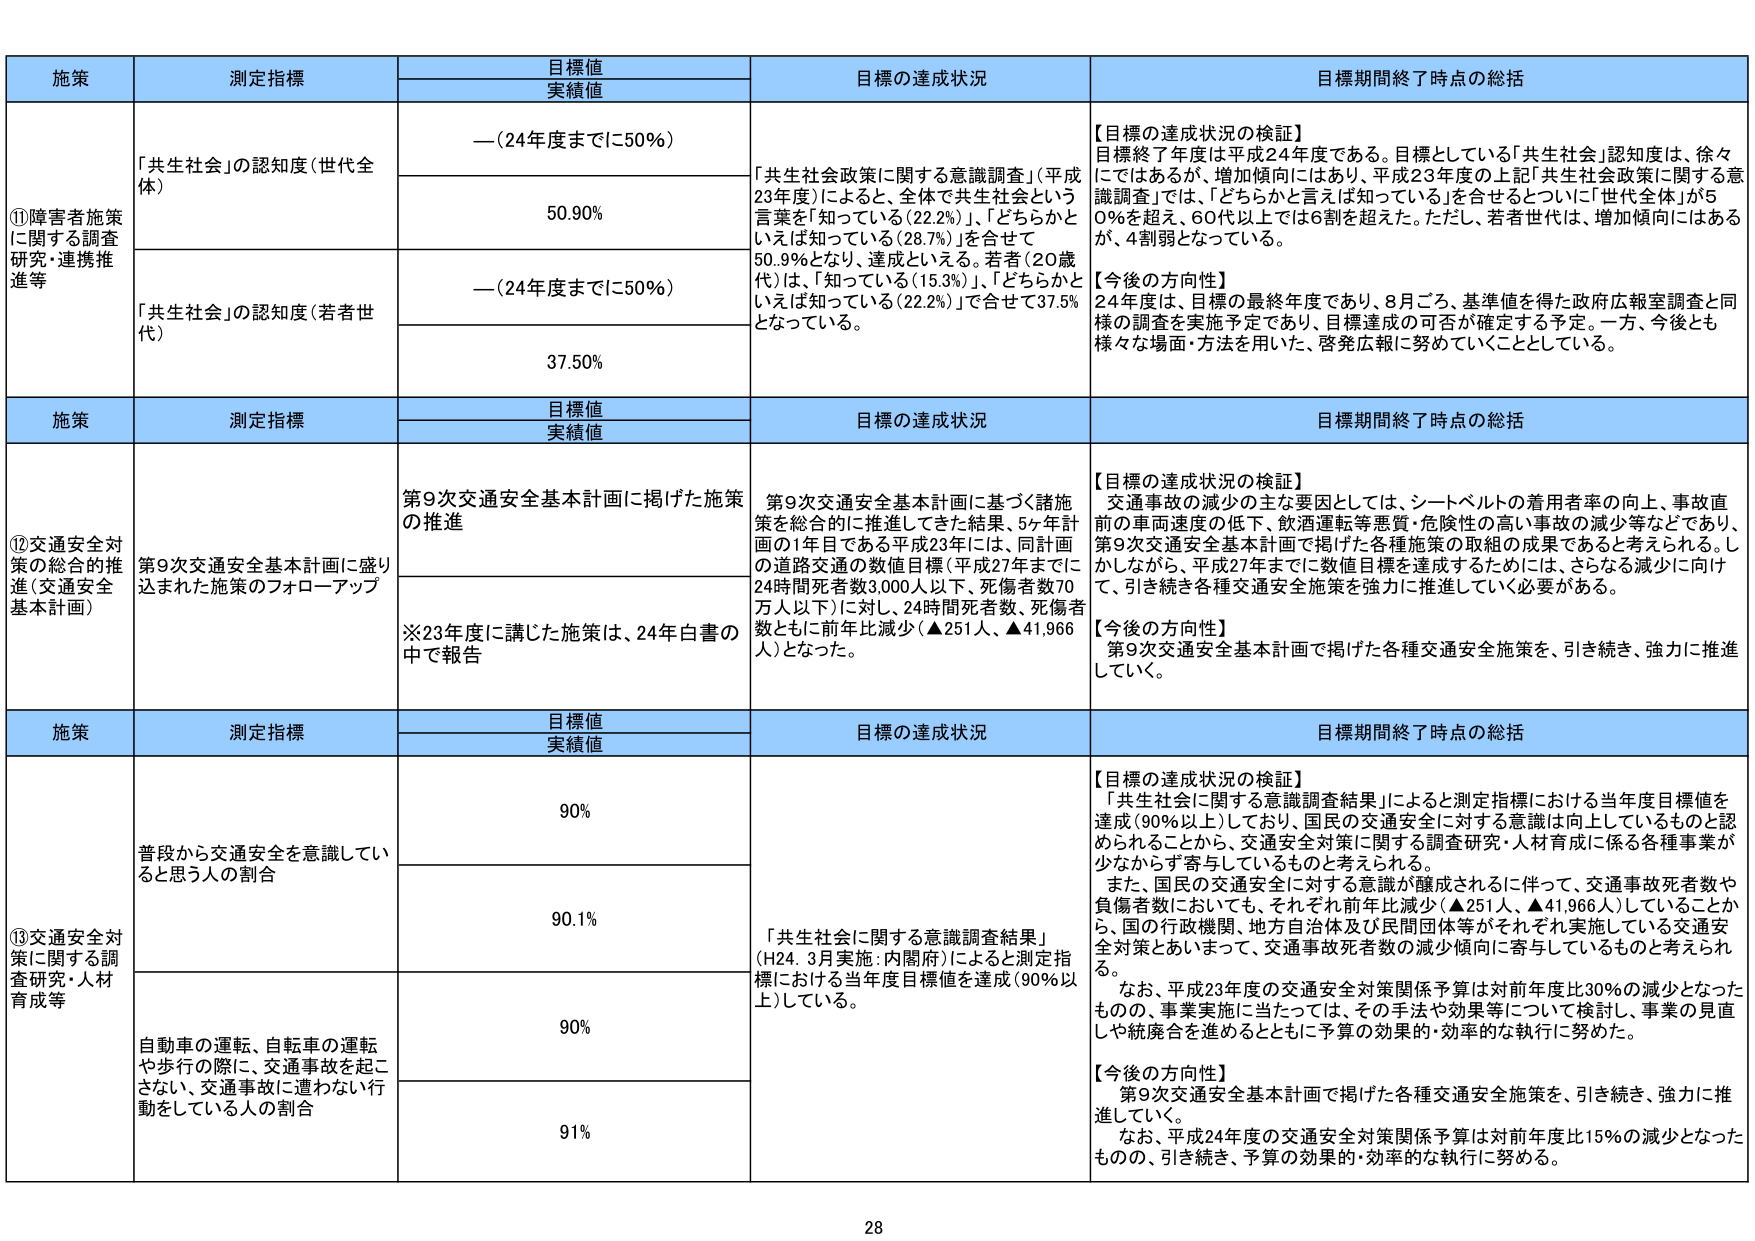
施策 測定指標 目標値 実績値 目標の達成状況 目標期間終了時点の総括
①障害者施策に関する調査研究・連携推進等 「共生社会」の認知度（世代全体） —（24年度までに50％） 50.90％ 「共生社会政策に関する意識調査」（平成23年度）によると、全体で共生社会という言葉を「知っている（22.2％）」、「どちらかといえば知っている（28.7％）」を合せて50.9％となり、達成といえる。若者（20歳代）は、「知っている（15.3％）」、「どちらかといえば知っている（22.2％）」で合せて37.5％となっている。 【目標の達成状況の検証】 目標終了年度は平成24年度である。目標としている「共生社会」認知度は、徐々にははあるが、増加傾向にはあり、平成23年度の上記「共生社会政策に関する意識調査」では、「どちらかと言えば知っている」を合せるといい、「世代全体」が50％を超え、60代以上では6割を超えた。ただし、若者世代は、増加傾向にはあるが、4割弱となっている。 【今後の方針】 24年度は、目標の最終年度であり、8月ごろ、基準値を得た政府広報室調査と同様の調査を実施予定であり、目標達成の可否が確定する予定。一方、今後とも様々な場面・方法を用いて、啓発広報に努めていくこととしている。
「共生社会」の認知度（若者世代） —（24年度までに50％） 37.50％
施策 測定指標 目標値 実績値 目標の達成状況 目標期間終了時点の総括
②交通安全対策の総合的推進（交通安全基本計画） 第9次交通安全基本計画に盛り込まれた施策のフォローアップ 第9次交通安全基本計画に掲げた施策の推進 ※23年度に講じた施策は、24年白書の中で報告 第9次交通安全基本計画に基づく諸施策を総合的に推進してきた結果、5ヶ年計画の1年目である平成23年には、同計画の道路交通の数値目標（平成27年までに24時間死者数3,000人以下、死傷者数70万人以下）に対し、24時間死者数、死傷者数ともに前年比減少（▲251人、▲41,966人）となった。 【目標の達成状況の検証】 交通事故の減少の主な要因としては、シートベルトの着用者率の向上、事故直前の車両速度の低下、飲酒運転等悪質・危険性の高い事故の減少等などであり、第9次交通安全基本計画で掲げた各種施策の取組の成果であると考えられる。しかしながら、平成27年までに数値目標を達成するためには、さらなる減少に向け、引き続き各種交通安全施策を強力に推進していく必要がある。 【今後の方針】 第9次交通安全基本計画で掲げた各種交通安全施策を、引き続き、強力に推進していく。
施策 測定指標 目標値 実績値 目標の達成状況 目標期間終了時点の総括
③交通安全対策に関する調査研究・人材育成等 普段から交通安全を意識していると思う人の割合 90％ 90.1％ 「共生社会に関する意識調査結果」（H24.3月実施：内閣府）によると測定指標における当年度目標値を達成（90％以上）している。 【目標の達成状況の検証】 「共生社会に関する意識調査結果」によると測定指標における当年度目標値を達成（90％以上）しており、国民の交通安全に対する意識は向上しているものと認められることから、交通安全対策に関する調査研究・人材育成に係る各種事業が少なからず寄与しているものと考えられる。 また、国民の交通安全に対する意識が醸成されるに伴って、交通事故死者数や負傷者数においても、それぞれ前年比減少（▲251人、▲41,966人）していることから、国の行政機関、地方自治体及び民間団体等がそれぞれ実施している交通安全対策において、交通事故死者数の減少傾向に寄与しているものと考えられる。 なお、平成23年度の交通安全対策関係予算は対前年度比30％の減少となったものの、事業実施に当たっては、その手法や効果等について検討し、事業の見直しや統廃合を進めるとともに予算の効果的・効率的な執行に努めた。 【今後の方針】 第9次交通安全基本計画で掲げた各種交通安全施策を、引き続き、強力に推進していく。 なお、平成24年度の交通安全対策関係予算は対前年度比15％の減少となったものの、引き続き、予算の効果的・効率的な執行に努める。
自動車の運転、自転車の運転や歩行の際に、交通事故を起こさない、交通事故に遭わない行動をしている人の割合 90％ 91％
28